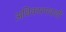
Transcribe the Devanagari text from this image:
अधिकारपदाची